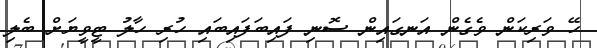
ހޭ ވަރިކަން ވެގެން އަނގައިން ސޮނި ފައިބަފައިބައި ހުރި ހާލު ޓީވީޔަށް ބެލި